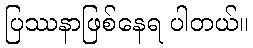
ပြဿနာဖြစ်နေရ ပါတယ်။